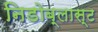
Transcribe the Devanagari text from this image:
निडोब्लास्ट